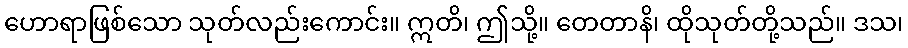
ဟောရာဖြစ်သော သုတ်လည်းကောင်း။ ဣတိ၊ ဤသို့။ တေတာနိ၊ ထိုသုတ်တို့သည်။ ဒသ၊